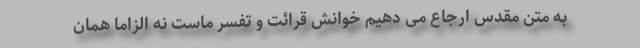
به متن مقدس ارجاع می دهیم خوانش قرائت و تفسر ماست نه الزاماً همان